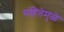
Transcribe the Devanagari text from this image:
संहितेमुळे